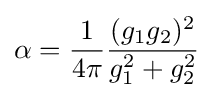
\alpha ={\frac {1}{4\pi }}{\frac {(g_{1}g_{2})^{2}}{g_{1}^{2}+g_{2}^{2}}}